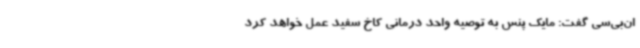
ان‌بی‌سی گفت: مایک پنس به توصیه واحد درمانی کاخ سفید عمل خواهد کرد